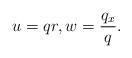
LaTeX: \begin{align*}u=q r, w = \frac{q_x}{q} .\end{align*}